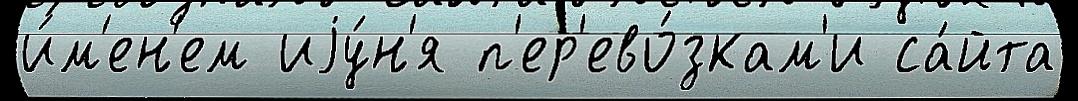
и́м'ен'ем иjу́н'я п'ер'ево́зкам'и са́йта